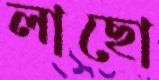
লাছো